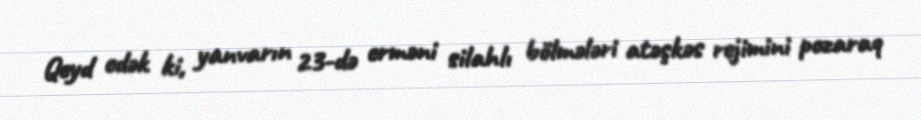
Qeyd edək ki, yanvarın 23-də erməni silahlı bölmələri atəşkəs rejimini pozaraq